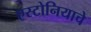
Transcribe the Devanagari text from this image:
एस्टोनियाचे